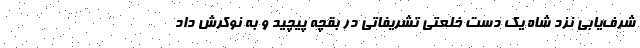
شرف‌یابی نزد شاه یک دست خلعتی تشریفاتی در بقچه پیچید و به نوکرش داد